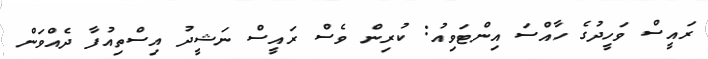
ރައީސް ވަހީދުގެ ހާއްސަ އިންޓަވިއު: ކުރިން ވެސް ރައީސް ނަޝީދު އިސްތިއުފާ ދެއްވަން